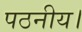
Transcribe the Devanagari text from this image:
पठनीय।